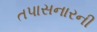
તપાસનારની